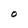
Character: O